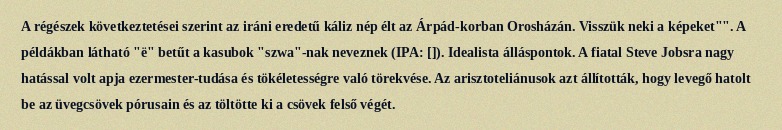
A régészek következtetései szerint az iráni eredetű káliz nép élt az Árpád-korban Orosházán. Visszük neki a képeket"". A példákban látható "ë" betűt a kasubok "szwa"-nak neveznek (IPA: []). Idealista álláspontok. A fiatal Steve Jobsra nagy hatással volt apja ezermester-tudása és tökéletességre való törekvése. Az arisztoteliánusok azt állították, hogy levegő hatolt be az üvegcsövek pórusain és az töltötte ki a csövek felső végét.